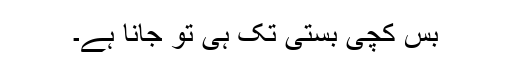
بس کچی بستی تک ہی تو جانا ہے۔